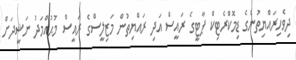
ދިވެހިރައްޔިތުންގެ ޑިމޮކްރެޓިކް ޕާޓީގެ ރައީސް އަދި ރައްޔިތުން މަޒިލީސްގެ ރައީސް މުޙުއްމަދު ނަޝީދަށް